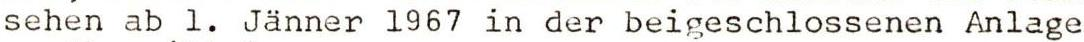
sehen ab 1. Jänner 1967 in der beigeschlossenen Anlage